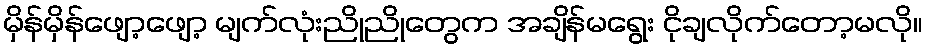
မှိန်မှိန်ဖျော့ဖျော့ မျက်လုံးညိုညိုတွေက အချိန်မရွေး ငိုချလိုက်တော့မလို။